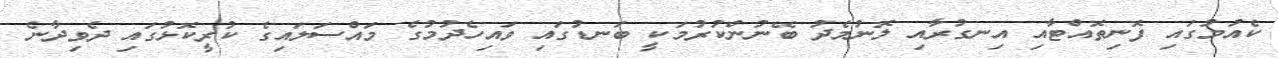
ކެއުމުގައި ފޮނިތޮއްޓާއި އިނގުރާއި ލޮނުމެދު ބޭނުންކުރުމަކީ ބަނޑުގައި ވައިހެދުމުގެ މައްސަލައިގެ ކުރީކޮޅުގައި ދެވިދާނެ